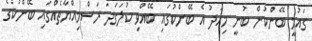
ގައުމީ ބޭންކުން ބުނީ މިއަދު އެ ބޭންކުގައި ބޭއްވި ކުލަގަދަ ރަސްމިއްޔާތެއްގައި ބޭންކުގެ